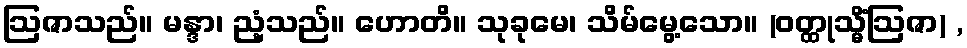
ဩဇာသည်။ မန္ဒာ၊ ညံ့သည်။ ဟောတိ။ သုခုမေ၊ သိမ်မွေ့သော။ (ဝတ္ထုသ္မိံဩဇာ) ,